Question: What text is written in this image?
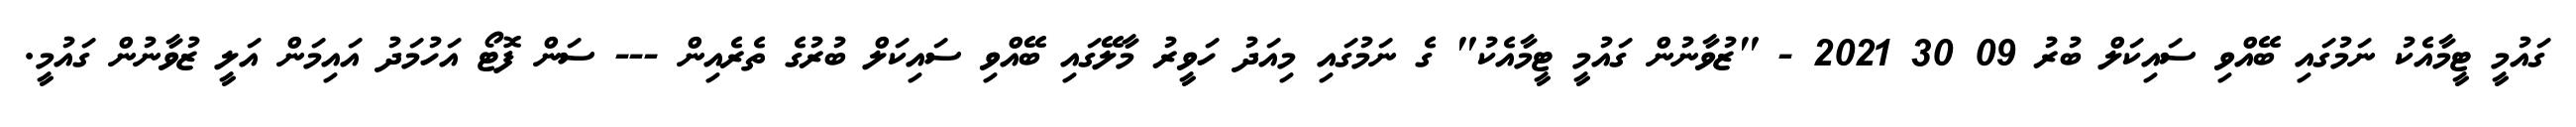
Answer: ގައުމީ ޓީމާއެކު ނަމުގައި ބޭއްވި ސައިކަލް ބުރު 09 30 2021 - "ޒުވާނުން ގައުމީ ޓީމާއެކު" ގެ ނަމުގައި މިއަދު ހަވީރު މާލޭގައި ބޭއްވި ސައިކަލް ބުރުގެ ތެރެއިން --- ސަން ފޮޓޯ އަހުމަދު އައިމަން އަލީ ޒުވާނުން ގައުމީ.